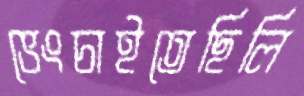
ভেংচাইতেছিলি